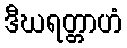
ဒီဃရတ္တာဟံ